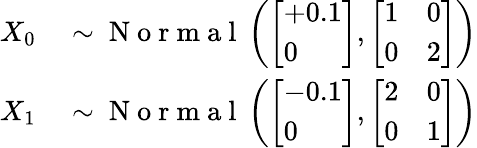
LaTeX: \begin{array}{rl}{X_{0}}&{{}\sim\mathrm{~N~o~r~m~a~l~}\left(\left[\begin{array}{l}{+0.1}\\ {0}\end{array}\right],\left[\begin{array}{ll}{1}&{0}\\ {0}&{2}\end{array}\right]\right)}\\ {X_{1}}&{{}\sim\mathrm{~N~o~r~m~a~l~}\left(\left[\begin{array}{l}{-0.1}\\ {0}\end{array}\right],\left[\begin{array}{ll}{2}&{0}\\ {0}&{1}\end{array}\right]\right)}\end{array}